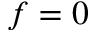
f = 0